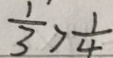
\frac { 1 } { 3 } > \frac { 1 } { 4 }